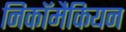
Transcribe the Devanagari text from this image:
निकॉमैकियन